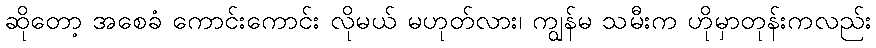
ဆိုတော့ အစေခံ ကောင်းကောင်း လိုမယ် မဟုတ်လား၊ ကျွန်မ သမီးက ဟိုမှာတုန်းကလည်း